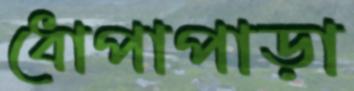
ধোপাপাড়া